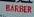
barber